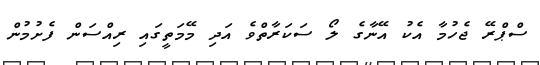
ސްޕްރޭ ޖެހުމާ އެކު އޭނާގެ ލޯ ސަކަރާތްވެ އަދި މޭމަތީގައި ރިއްސަން ފެށުމުން